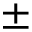
\pm